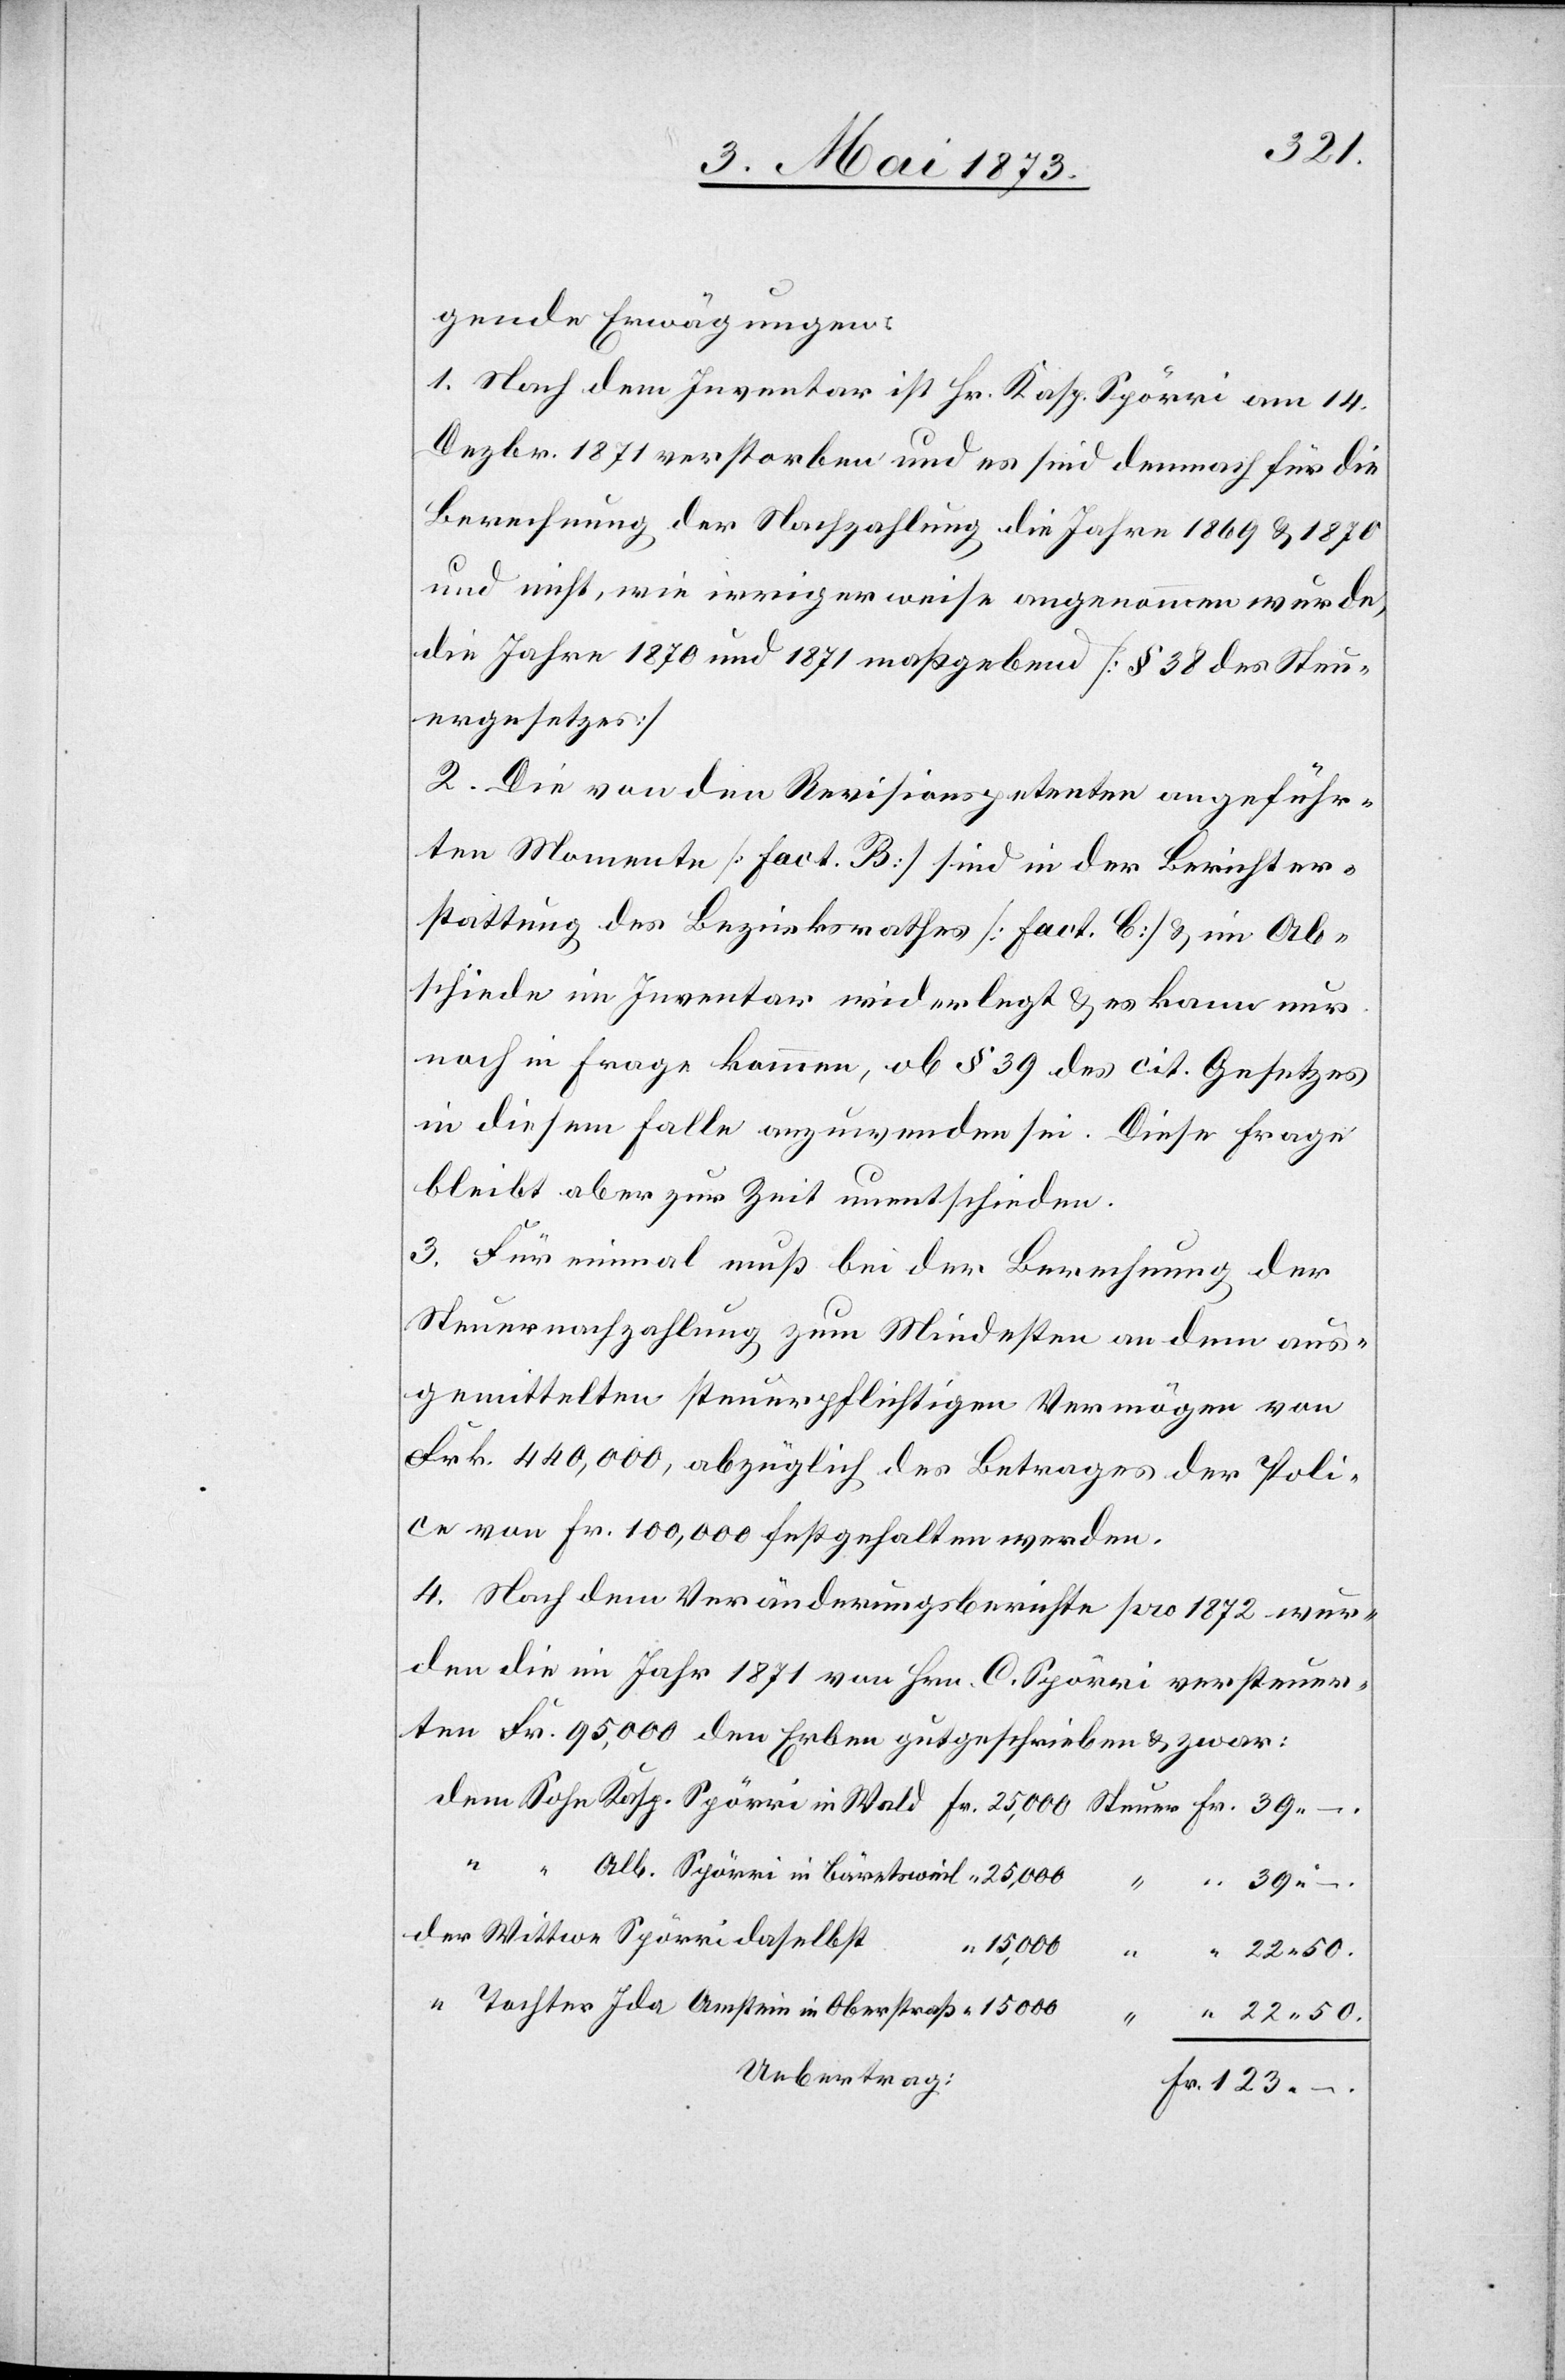
gende Erwägungen:
1. Nach dem Inventar ist Hr. Kasp. Spörri am 14.
Dezbr. 1871 verstorben und es sind demnach für die
Berechnung der Nachzahlung die Jahre 1869 & 1870
und nicht, wie irrigerweise angenommen wurde,
die Jahre 1870 und 1871 maßgebend [§ 38 des Steu¬
ergesetzes]
2. Die von den Revisionspetenten angeführ¬
ten Momente [Fact. B] sind in der Berichter¬
stattung des Bezirksrathes [Fact. C] & im Ab¬
schiede im Inventar widerlegt & es kann nur
noch in Frage kommen, ob § 39 des cit. Gesetzes
in diesem Falle anzuwenden sei. Diese Frage
bleibt aber zur Zeit unentschieden.
3. Für einmal muß bei der Berechnung der
Steuernachzahlung zum Mindesten an dem aus¬
gemittelten steuerpflichtigen Vermögen von
Fr. 440,000, abzüglich des Betrages der Poli¬
ce von Fr. 100,000 festgehalten werden.
4. Nach dem Veränderungsberichte pro 1872 wur¬
den die im Jahr 1871 von Hrn C. Spörri versteuer¬
ten Fr. 95,000 den Erben gutgeschrieben & zwar:
in
50.
15,000
22 50.